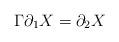
LaTeX: \begin{align*} \Gamma \partial_1 X = \partial_2 X \end{align*}